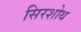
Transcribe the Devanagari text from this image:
सिरशोथ